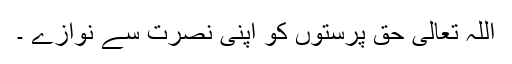
اللہ تعالیٰ حق پرستوں کو اپنی نصرت سے نوازے ۔